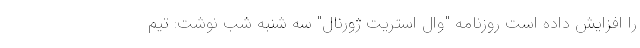
را افزایش داده است روزنامه "وال استریت ژورنال" سه شنبه شب نوشت: تیم